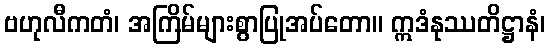
ဗဟုလီကတံ၊ အကြိမ်များစွာပြုအပ်တော။ ဣဒံနုဿတိဋ္ဌာနံ၊